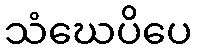
သံဃေပိပေ